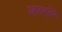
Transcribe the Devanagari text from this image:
महाराष्ट्रगीते